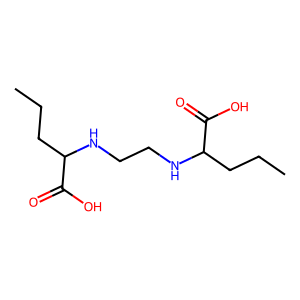
SMILES: CCCC(NCCNC(CCC)C(=O)O)C(=O)O
Inhibits HIV replication: No